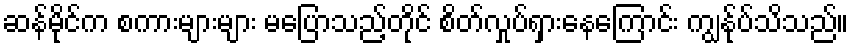
ဆန်မိုင်က စကားများများ မပြောသည့်တိုင် စိတ်လှုပ်ရှားနေကြောင်း ကျွန်ုပ်သိသည်။